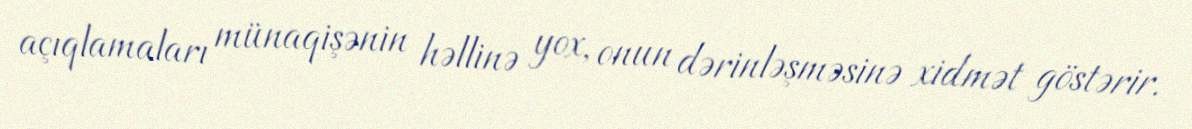
açıqlamaları münaqişənin həllinə yox, onun dərinləşməsinə xidmət göstərir.